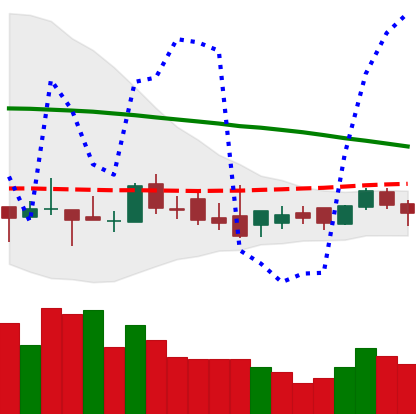
Ticker: XLM-USD
Chart end date: 2018-08-30
Forward return: 4.693%
Label: up_3_5